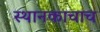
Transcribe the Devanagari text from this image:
स्थानकाचाच